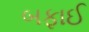
બફાઈ